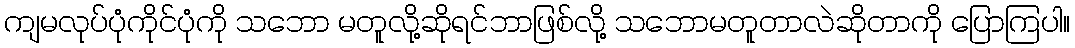
ကျမလုပ်ပုံကိုင်ပုံကို သဘော မတူလို့ဆိုရင်ဘာဖြစ်လို့ သဘောမတူတာလဲဆိုတာကို ပြောကြပါ။